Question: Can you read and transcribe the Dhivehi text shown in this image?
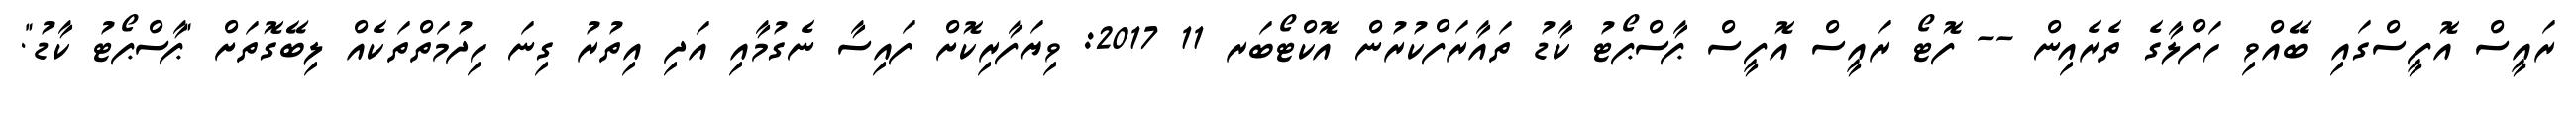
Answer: ރައީސް އޮފީސްގައި ބޭއްވި ހަފްލާގެ ތެރެއިން -- ފޮޓޯ ރައީސް އޮފީސް ޕާސްޕޯޓު ކާޑު ތައާރަފްކުރުން އޮކްޓޯބަރ 11 2017: ވިޔަފާރިކޮށް ފައިސާ ނެގުމާއި އަދި އިތުރު ގިނަ ހިދުމަތްތަކެއް ލިބޭގޮތަށް "ޕާސްޕޯޓު ކާޑު".